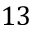
1 3